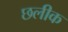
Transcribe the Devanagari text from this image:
छलीक